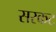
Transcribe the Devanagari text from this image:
सरकट